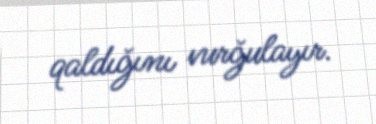
qaldığını vurğulayır.